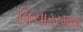
વિચારરમણા